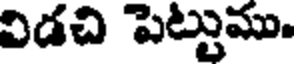
విడచి పెట్టుము.